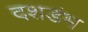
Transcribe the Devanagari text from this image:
दशडंभ